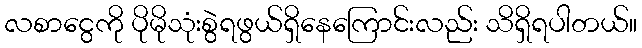
လစာငွေကို ပိုမိုသုံးစွဲရဖွယ်ရှိနေကြောင်းလည်း သိရှိရပါတယ်။